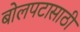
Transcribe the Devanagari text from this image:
बोलपटासाठी